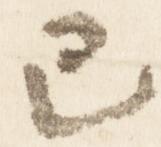
已